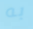
به